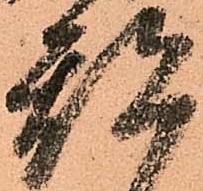
期